Tezpur Lunatic Asylum reports 1877-1894 - 1877-1894
Year: 1877
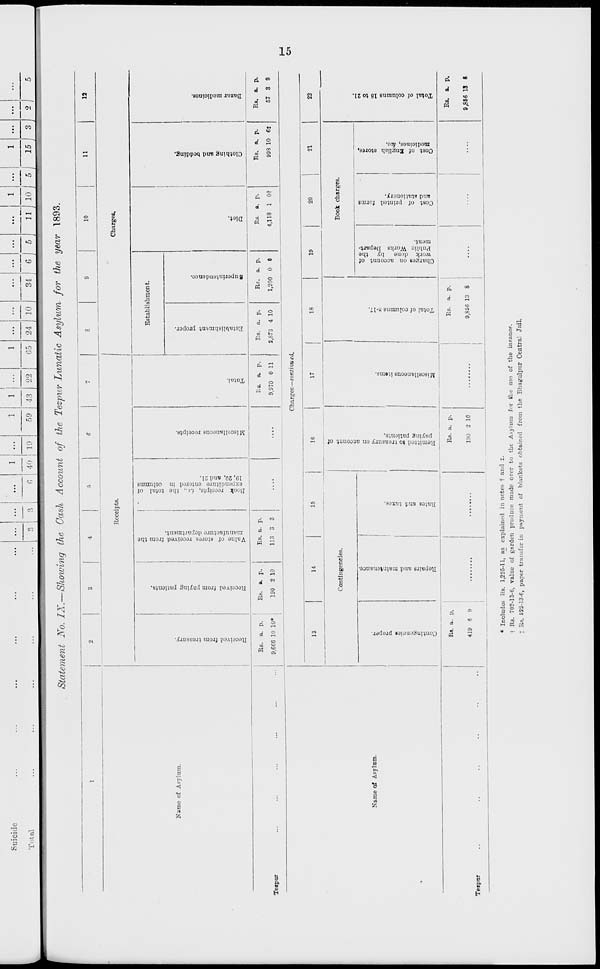
s?
so
ft
Sr
a a
."> ■
01 M P
e ;-
i •>
B
w
A
05 r:
■a
P «i
•a P tO
(H
i:
r*
5 e
E, m ,a
ft
5°
CD
-
3
a
1 « s.
"* ° 5
5 c ' p.
o 3
- P<
Of re
§ »
« «•
O °
C ri-
ff C*
E o
a' .
S
3
B
55
s
a
B
Contingencies proper.
i Repairs and maintenance.
p
s
Pi
Rates and taxes.
n a
a
a
?
•a
_i a
•a
C a
Received from treasury,
Received from paying patients.
Remitted to treasury on account of
paying patients.
£
Q gf
?
•a
Miscellaneous items.
Total of columns 8-17.
Charges on account of
work done by the
Public Works Depart-
ment.
I
«o
T»
a
o>
s p
00
JS
Cost of printed forms
and stationery.
Cost of English stores,
medicines, &o.
a
Total of columns 18 to 21.
O
cr
p
53
8
o p
£ •a
»
CD
a
M
CO
iK
p
O
•a
h3
a
o
o
o V
u a
M
."
Value of stores received from the
manufacture department.
Book receipts, Le., the total of
expenditure enured in columns
1»,"20, and 21.
a o o
2.
•a"
Miscellaneous receipt*.
Total.
Establishment proper.
Superintendence.
a
a-
B
Diet.
o
a
•a
Clothing and bedding.
Bazar medicines.
'/3
£ 2.
to
;
;
ot.
a r-k
OS
«>
s
CH.
.
.
!>
•
•
p H
N
H i l
:
:
>"
o
§
C^.
o
.
W.
&-
cs>
co
' .
o
a
OB
w
5>-
tu
d
CS
©
Si ■o
*^
o>
^^
^
£ :
c-t-
IS-
PS
V\
£
'■ O
i—»
~~
*»
ei
W
^
-*
bn
to
to
g
o
cS
£ cs.
CJ1
| - 1
^
to
09
*»
^
g
i—»
•
o
^>
O
05 , •
><- i :
i
C+.
a-
05
C5
:
OS
a
Ol
-*
GO
>_i
;
to
1
<w
1 • -
1 0 M
1 o\ :
CO
IO
tn
51